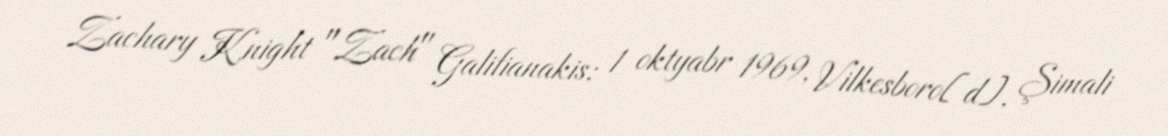
Zachary Knight "Zach" Galifianakis; 1 oktyabr 1969, Vilkesboro[d], Şimali